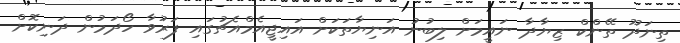
ތިނަދޫ ތޭންކް ޒިޔާދާ ނައީމަށް ލިބުނު އަނިޔާތަކަށް އައިޖީއެމްއެޗުގައި ފަރުވާ ހޯދަމުން ދަނިކޮށް